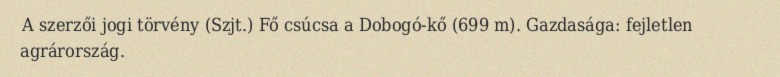
A szerzői jogi törvény (Szjt.) Fő csúcsa a Dobogó-kő (699 m). Gazdasága: fejletlen agrárország.